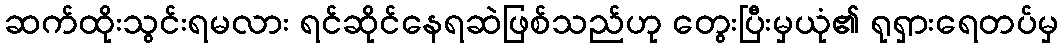
ဆက်ထိုးသွင်းရမလား ရင်ဆိုင်နေရဆဲဖြစ်သည်ဟု တွေးပြီးမှယုံ၏ ရုရှားရေတပ်မှ